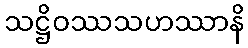
သဋ္ဌိဝဿသဟဿာနိ